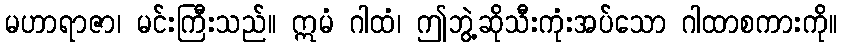
မဟာရာဇာ၊ မင်းကြီးသည်။ ဣမံ ဂါထံ၊ ဤဘွဲ့ဆိုသီးကုံးအပ်သော ဂါထာစကားကို။